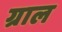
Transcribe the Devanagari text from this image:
ग्राल